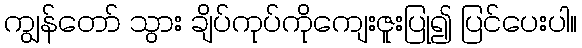
ကျွန်တော် သွား ချိပ်ကုပ်ကိုကျေးဇူးပြု၍ ပြင်ပေးပါ။